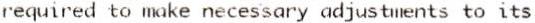
REQUIRED TO MAKE NECESSARY ADJUSTMENTS TO ITS